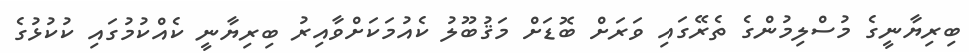
ބިރިޔާނީގެ މުސްލިމުންގެ ތެރޭގައި ވަރަށް ބޮޑަށް މަޤުބޫލު ކެއުމަކަށްވާއިރު ބިރިޔާނީ ކެއްކުމުގައި ކުކުޅުގެ